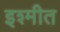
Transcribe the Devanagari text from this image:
इश्मीत